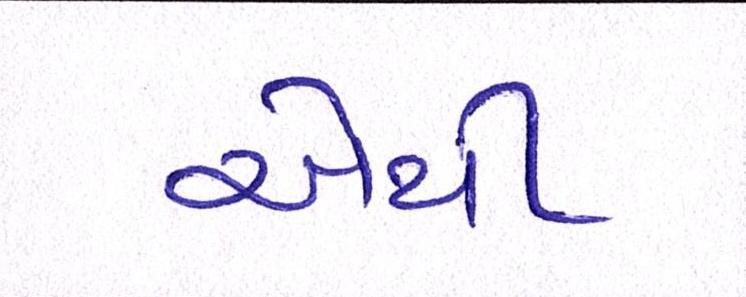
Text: એથી